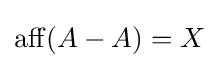
\operatorname {aff} (A-A)=X